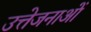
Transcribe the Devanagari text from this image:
उत्तेजनाआें